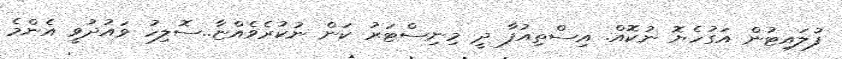
ފުލައިޓުން އަގުހެޔޮ ނުކޮއް. އިސްތިއުފާ ދީ މިނިސްޓަރު ކަން ނުކުރެވެއްޏާ..ސޮލިހު ވައުދުވީ އެންމެ